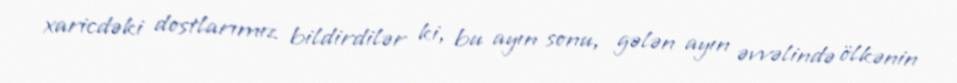
xaricdəki dostlarımız bildirdilər ki, bu ayın sonu, gələn ayın əvvəlində ölkənin